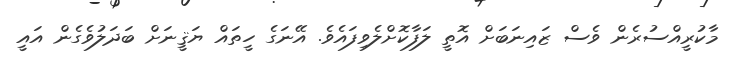
މާކުރީއްސުރެން ވެސް ޒައިނަބަށް އޮތީ ލަފާކޮށްލެވިފައެވެ. އޭނަގެ ހީތައް ޔަޤީނަށް ބަދަލުވެގެން އައީ